Lunatic asylums Madras 1892-1911 - 1892-1911
Year: 1892
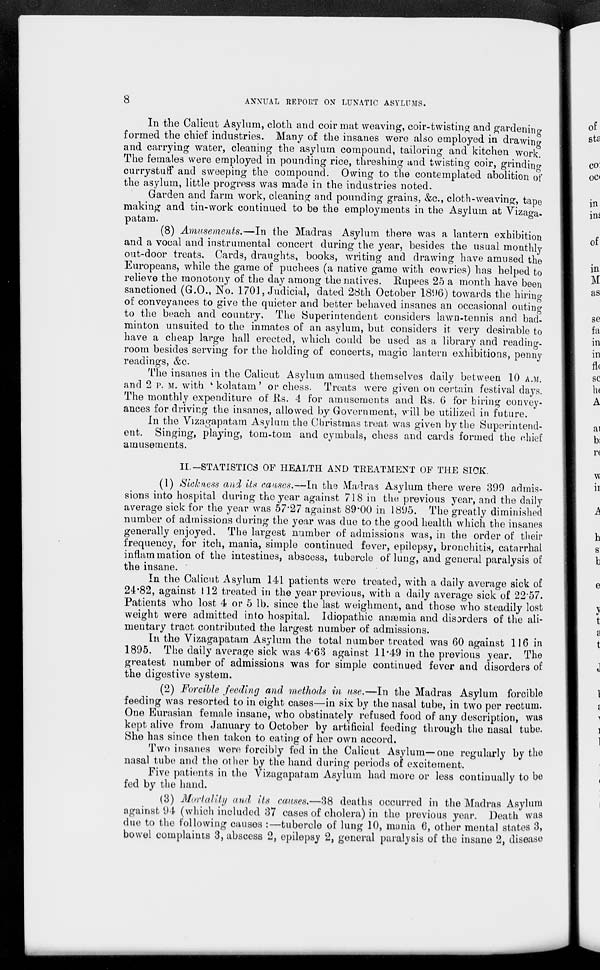
8
ANNUAL REPORT ON LUNATIC ASYLUMS.
In the Calicut Asylum, cloth and coir mat weaving, coir-twisting and gardening
formed the chief industries. Many of the insanes were also employed in drawino-
and carrying water, cleaning the asylum compound, tailoring and kitchen work.
The females were employed in pounding rice, threshing and twisting coir, grinding
currystuff and sweeping the compound. Owing to the contemplated abolition of
the asylum, little progress was made in the industries noted.
Garden and farm work, cleaning and pounding grains, &c, cloth-weaving, tape
making and tin-work continued to be the employments in the Asylum at Vizaga-
patam.
(8) Amusements.—In the Madras Asylum there was a lantern exhibition
and a vocal and instrumental concert during the year, besides the usual monthly
out-door treats. Cards, draughts, books, writing and drawing have amused the
Europeans, while the game of puchees (a native game with cowries) has helped to
relieve the monotony of the day among the natives. Rupees 25 a month have been
sanctioned (G.O., No. 1701, Judicial, dated 28th October 1896) towards the hiring
of conveyances to give the quieter and better behaved insanes an occasional outing
to the beach and country. The Superintendent considers lawn-tennis and bad-
minton unsuited to the inmates of an asylum, but considers it very desirable to
have a cheap large hall erected, which could be used as a library and reading-
room besides serving for the holding of concerts, magic lantern exhibitions, penny
readings, &o.
The insanes in the Calicut Asylum amused themselves daily between 10 A.M.
and 2 p. M. with k kolatam' or chess. Treats were given on cei'tain festival days.
The monthly expenditure of Rs. 4 for amusements and Rs. 6 for hiring convey-
ances for driving the insanes, allowed by Government, will be utilized in future.
In the Vizagapatam Asylum the Christmas treat was given by the Superintend-
ent. Singing, playing, tom-tom and cymbals, chess and cards formed the chief
amusements.
II.-STATISTICS OF HEALTH AND TEEATMENT OF THE SICK.
(1) Sickness and Us causes.—In the Madras Asylum there were 390 admis-
sions into hospital during the year against 718 in the previous year, and the daily
average sick for the year was 57*27 against 89*00 in 1895. The greatly diminished
number of admissions during the year was due to the good health which the iusanes
generally enjoyed. The largest number of admissions was, in the order of their
frequency, for itch, mania, simple continued fever, epilepsy, bronchitis, catarrhal
inflammation of the intestines, abscess, tubercle oflung, and general paralysis of
the insane.
In the Calicut Asylum 141 patients were treated, with a daily average sick of
24*82, against 112 treated in the year previous, with a daily average sick of 22"57.
Patients who lost 4 or 5 lb. since the last weighment, and those who steadily lost
weight were admitted into hospital. Idiopathic anaemia and disorders of the ali-
mentary tract contributed the largest number of admissions.
In the Vizagapatam Asylum the total number treated was 60 against 116 in
1895. The daily average sick was 4*68 against 11*49 in the previous year. The
greatest number of admissions was for simple continued fever and disorders of
the digestive system.
(2) Forcible feeding and methods in use,—In the Madras Asylum forcible
feeding was resorted to in eight cases—in six by the nasal tube, in two per rectum.
One Eurasian female insane, who obstinately refused food of any description, was
kept alive from January to October by artificial feeding through the nasal tube.
She has since then taken to eating of her own accord.
Two insanes were forcibly fed in the Calicut Asylum—one regularly by the
nasal tube and the other by the hand during periods of excitement.
Five patients in the Vizagapatam Asylum had more or less continually to be
fed by the hand.
(3) Mortality and, its causes.—38 deaths occurred in the Madras Asylum
against 94 (which included 37 cases of cholera) in the previous year. Death was
due to the following causes :—tubercle of lung 10, mania 6, other mental states 3,
bowel complaints 3, abscess 2, epilepsy 2, general paralysis of the insane 2, disease